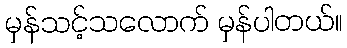
မှန်သင့်သလောက် မှန်ပါတယ်။